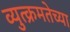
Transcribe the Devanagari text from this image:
व्युत्क्रमतेच्या